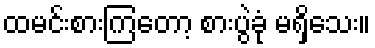
ထမင်းစားကြတော့ စားပွဲခုံ မရှိသေး။